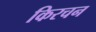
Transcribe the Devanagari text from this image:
किरचन